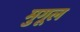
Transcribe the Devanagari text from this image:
मुगूल